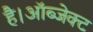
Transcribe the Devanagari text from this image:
है।ऑब्जेक्ट